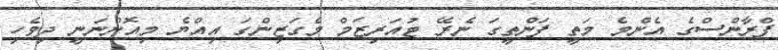
ފްރާންސްގެ އެންމެ މަތީ ފަންތީގަ ނެރޭ ޓުއަރިޒަމް މެގަޒިންގަ އިއްޔެ މިއޮންނަނީ ދިވެހި